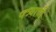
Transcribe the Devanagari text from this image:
पत्र्याची